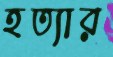
হত্যার